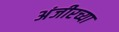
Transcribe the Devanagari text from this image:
अंजीरच्या